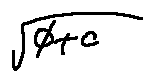
\sqrt { \phi + c }